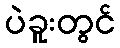
ပဲခူးတွင်